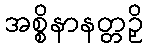
အစ္စိနာနတ္တဉှိ